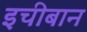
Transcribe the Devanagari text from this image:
इचीबान